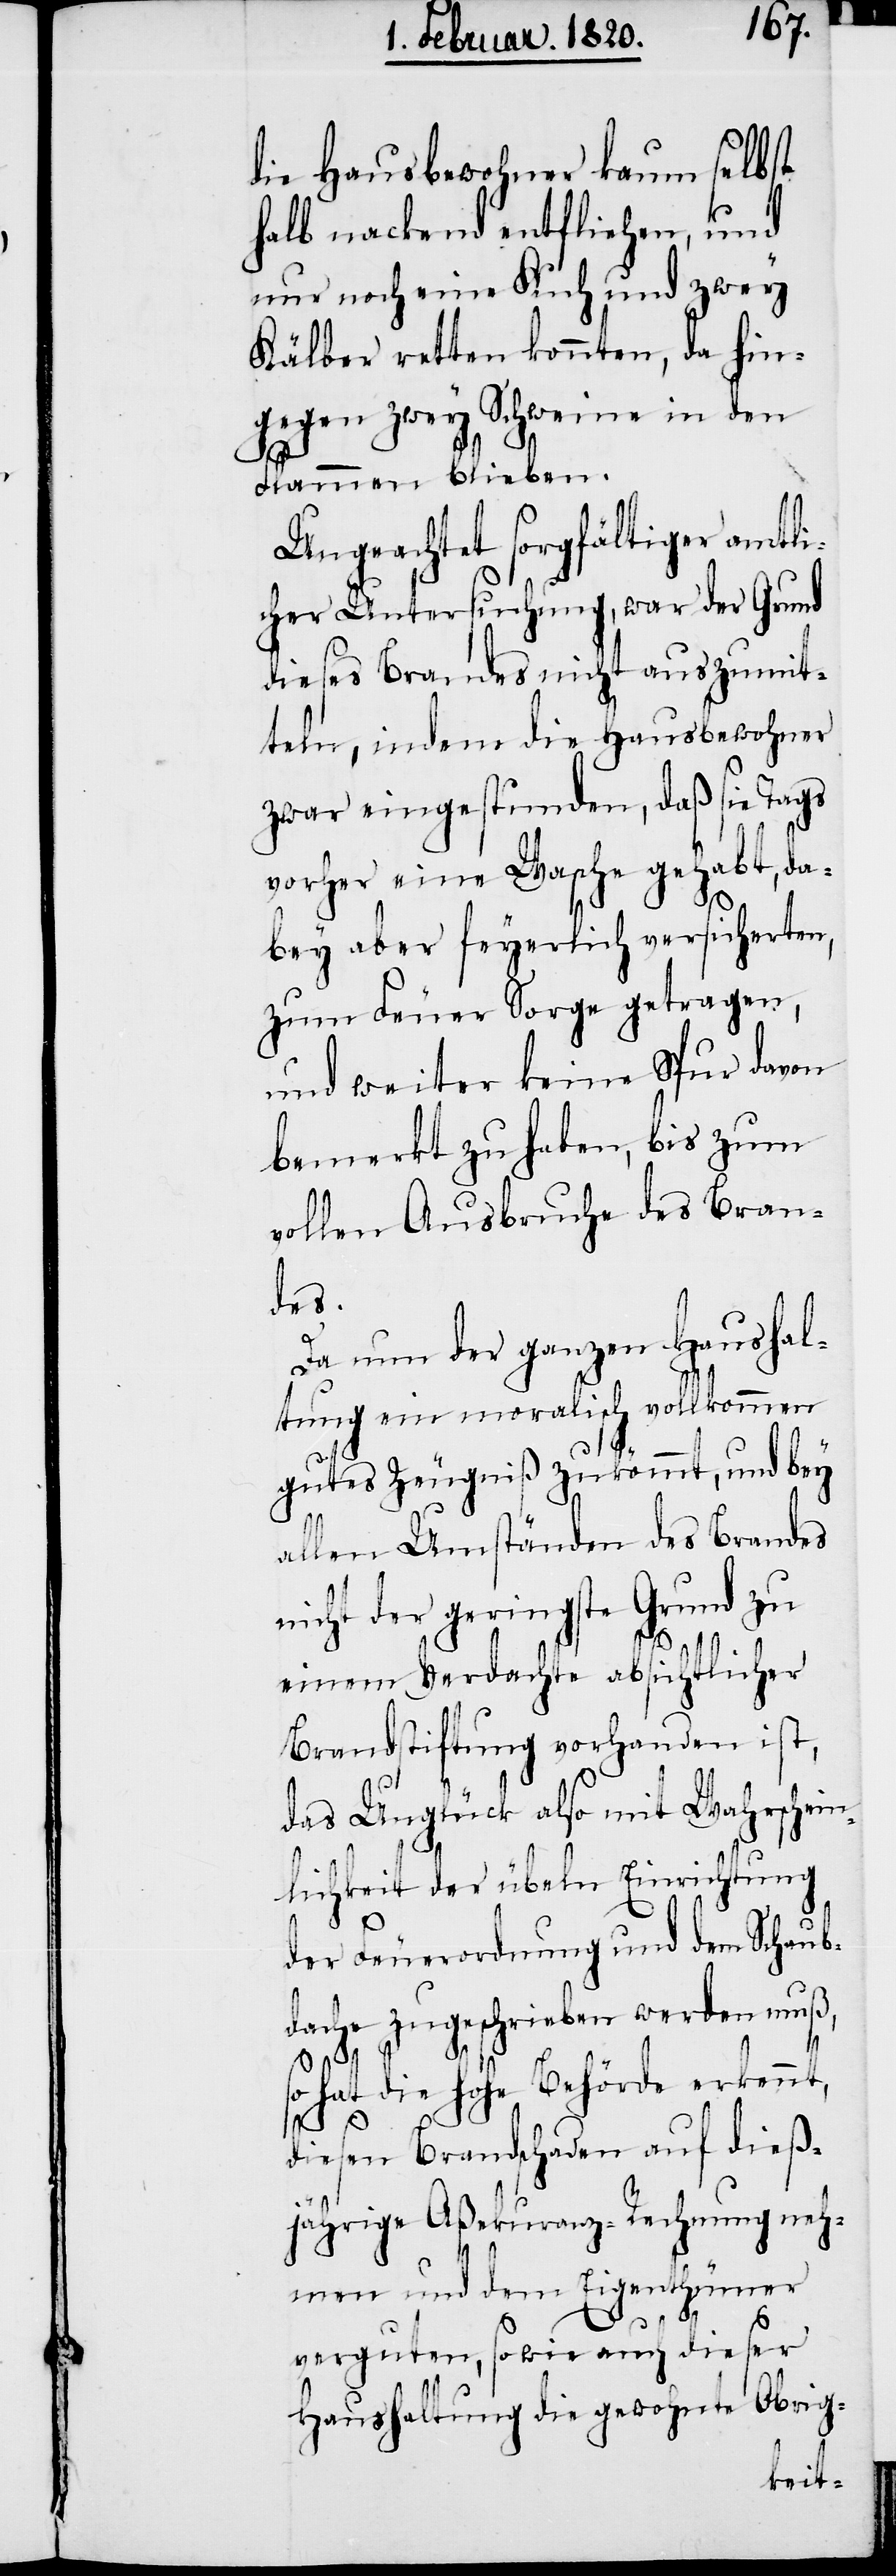
die Hausbewohner kaum selbst
halb nackend entfliehen, und
nur noch eine Kuh und zwey
Kälber retten konnten, da hin¬
gegen zwey Schweine in den
Flammen blieben.
Ungeachtet sorgfältiger amtli¬
cher Untersuchung, war der Grund
dieses Brandes nicht auszumit¬
teln, indem die Hausbewohner
zwar eingestunden, daß sie Tags
vorher eine Wasche gehabt, da¬
bey aber feyerlich versicherten,
zum Feuer Sorge getragen,
und weiter keine Spur davon
bemerkt zu haben, bis zum
vollen Ausbruche des Bran¬
des.
Da nun der ganzen Haushal¬
tung ein moralisch vollkommen
gutes Zeugniß zukömmt, und bey
allen Umständen des Brandes
nicht der geringste Grund zu
einem Verdachte absichtlicher
Brandstiftung vorhanden ist,
das Unglück also mit Wahrschein¬
lichkeit der übeln Einrichtung
der Feuerordnung und dem Schaub¬
dache zugeschrieben werden muß,
so hat die hohe Behörde erkennt,
diesen Brandschaden auf dieß¬
jährige Aßekuranz-Rechnung neh¬
men und dem Eigenthümer
verguten, sowie auch dieser
Haushaltung die gewohnte Obrig-